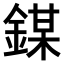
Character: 𨪀